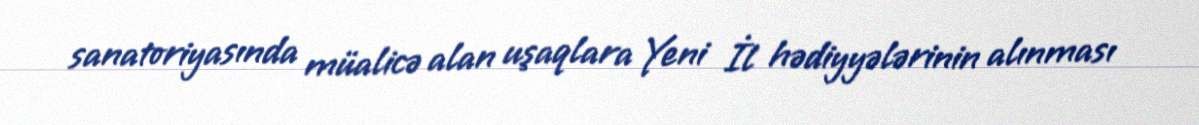
sanatoriyasında müalicə alan uşaqlara Yeni İl hədiyyələrinin alınması